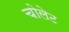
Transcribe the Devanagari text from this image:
चोलेट